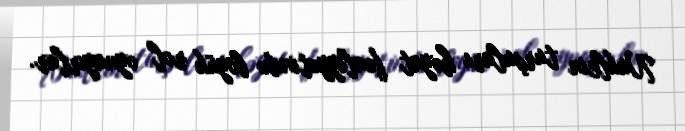
Nuklein turşuları həyat fəaliyyətində böyük rol oynayırlar.